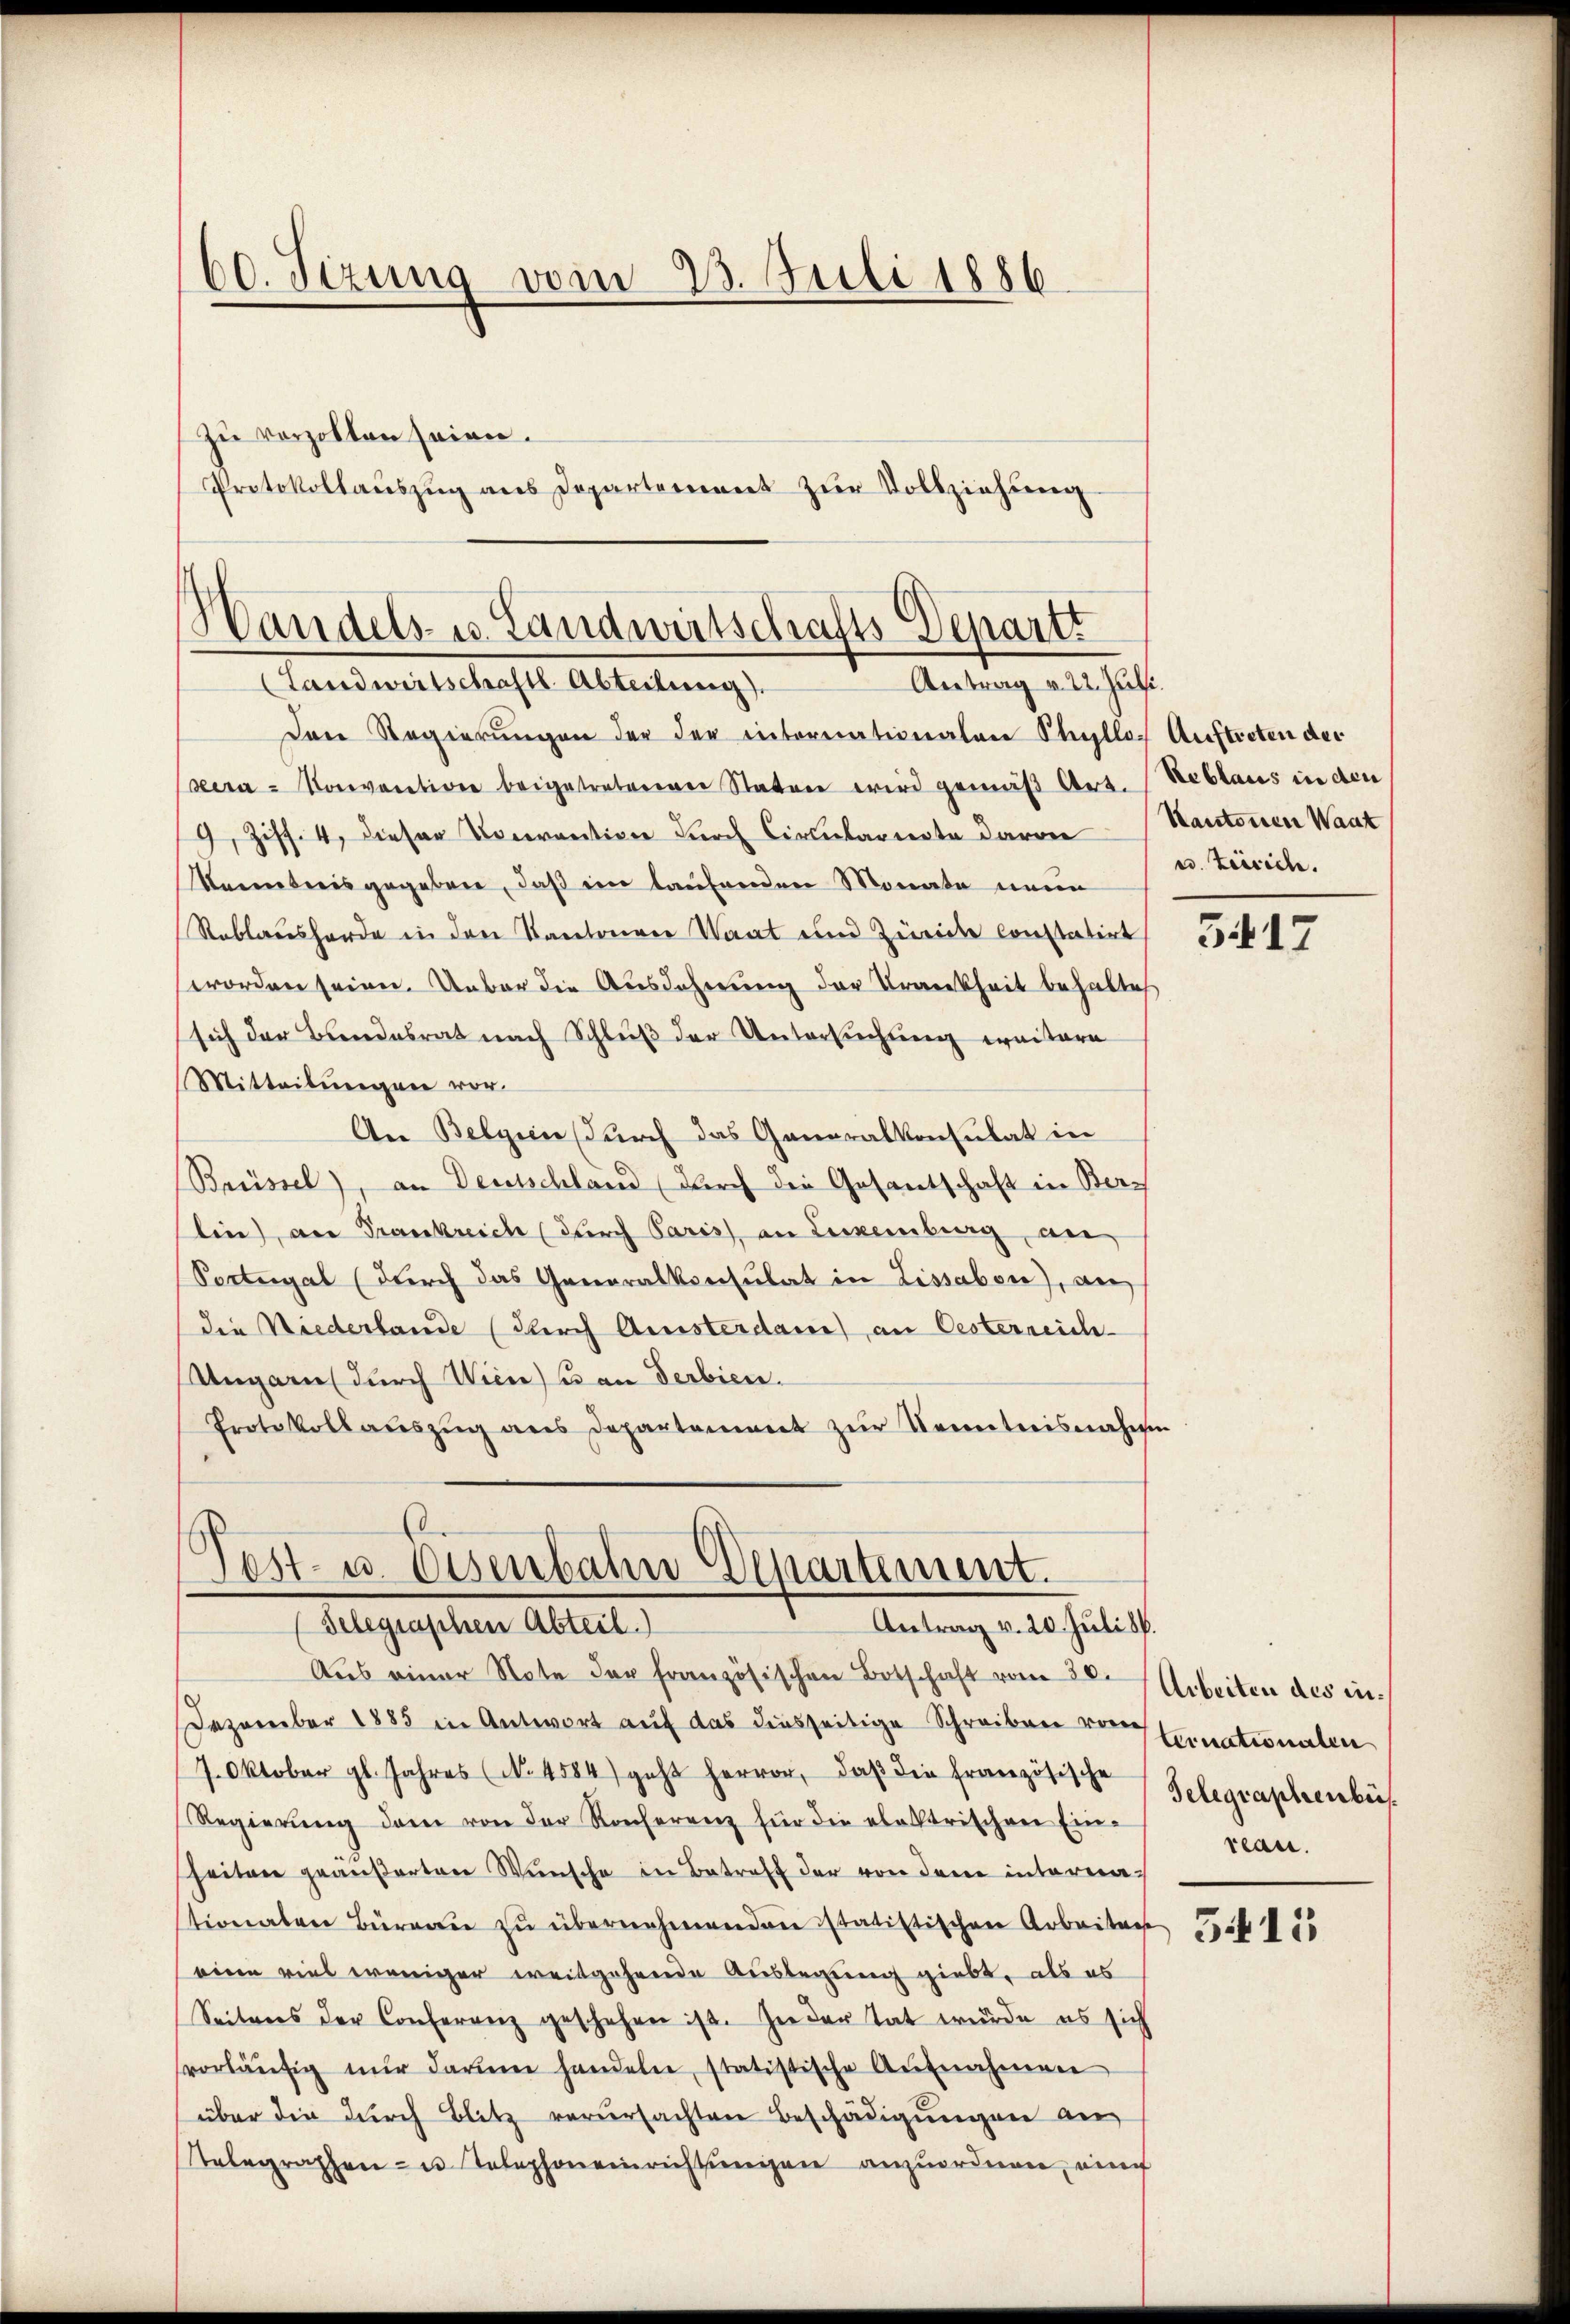
60. Sizung vom 23. Juli 1886

zu verzollen seien.
Protokollauszug aus Departement zur Vollziehung

Handels- u. Landwirtschafts-Departi
Antrag v. 22. Juli.
(Landwirtschaftl. Abteilung).

Der Regierungen der der intererationalen Schullo Auftreten der
Ber-Konvention beigetreterner Staten wird gemäß Art. (Reblaus in den
9, Ziff. 4, dieser Vorrention durch Circularente davon
Kenntnis gegeben, daß im laufenden Monate neue
Reblaushörde in den Kantonen Staat und Zürich constatirt 1417
worden seien. Ueber die Ausdehnung der Krankheit behalte
sich der Bundesrat nach Schluß der Untersuchung weitere
Mitteilŭngen vor.
An Belgien durch das Generalkonsulat in
Brüssel), an Deutschland durch die Gesantschaft in Berg
lin), an Prankreich (durch Paris, an Luxenburg, an
Soctegal (durch das Generalkonsulat in Lissabon), an
die Niederlande (durch Amisterdame) an Oesterreich-
Ungarn durch Wien) u. an Serbien.
Protokollaŭszŭg ans Departement zŭr Kenntnisnahm

Post- u. Eisenbahn Departement.
Antrag v. 20. Juli d.
(Gelegraschen Abteil)

Kantonen Waat
u. teirich.

Aus einer Note der französischen Botschaft vom 20. Arbeiten des in¬
Dezember 1885 in Antwort auf das diesseitige Schreiben vor Einationalen
/7. Oktober gl. Jahres (No 4584) geht hervor, daβ die französische
Regierŭng dem von der Konferenz für die elektrischen Einheiten geäußerten Wünsche in Betreff der von dem interma-
tionaten Büreaŭ zŭ übernehmenden istatistischen Arbeiten
eine viel weniger weitgehende Auslegung giebt, als es
Seitens der Conferenz geschehen ist. In der Tat wurde es sich
svorläŭfig nŭr darum handeln, statistische Aŭfnahmen
über die durch Blitz verursachten Beschädigungen an
Telegraphen- u. Telephon einrichtungen anzuordnen, ein

Telegraphenbüs
rean.

5415